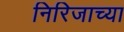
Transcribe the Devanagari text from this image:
निरिजाच्या